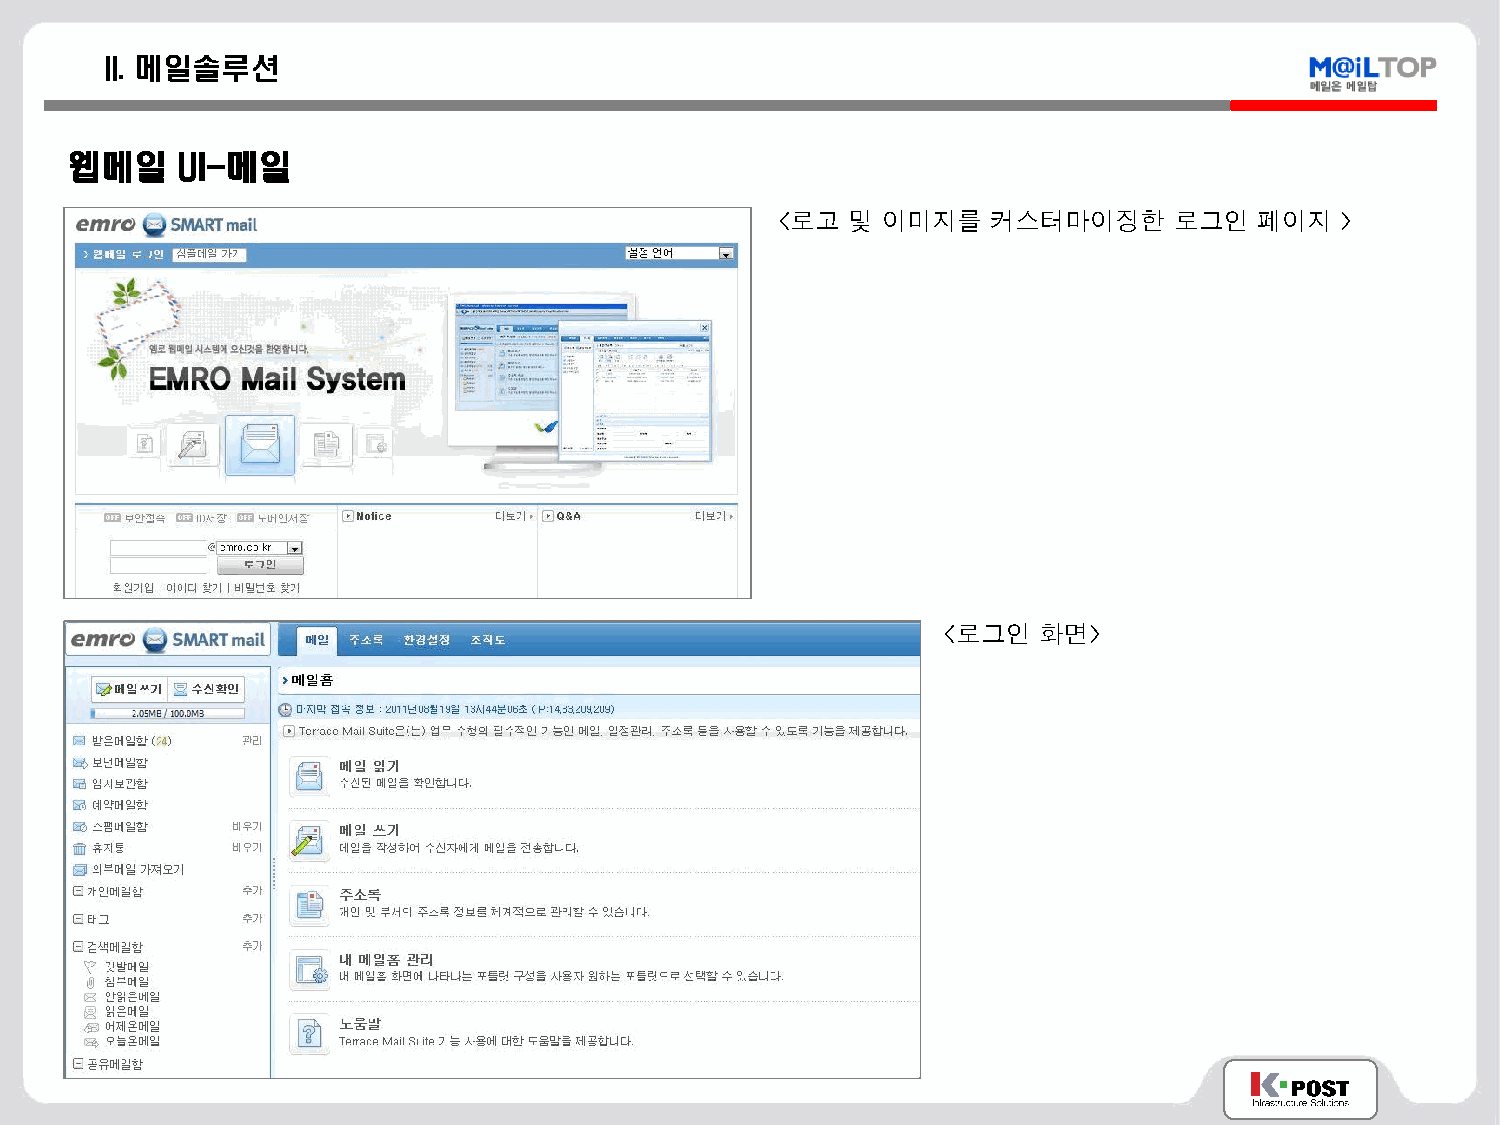
II. 메일솔루션
 웹메일    UI-메일
 <로고  및 이미지를    커스터마이징한     로그인  페이지   >
 <로그인   화면>